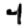
Digit: 4